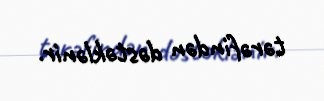
tərəfindən dəstəklənir.